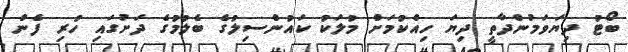
ބޯޓު ދިޔަވަމުންދާތީ ދިޔަ ހިއްކުމަށް މުލަކު ކައުންސިލުގެ ބެލުމުގެ ދަށުގައި ހުރި ފެން